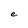
Character: e